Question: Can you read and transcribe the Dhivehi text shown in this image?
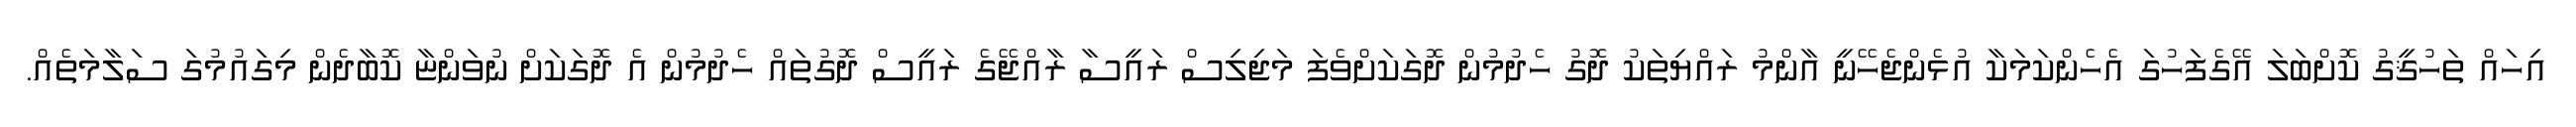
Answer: އިހައް ތަހުޤީގު ކޮށްބަލަ އޭގެފަހުގަ އެހެންކަމަކާ އުޅެންޖެހޭނީ އާންމު ރައްޔިތަކު ދޮގު ހެދުމުން ދޮގަކަށްވެފަ މަޖިލިސް ރައީސާ ރާއްޖޭގެ ރައީސް ދޮގުތައް ހެދުމުން އެ ދޮގަކަށް ނުވަންޏާ ކޮބާދެން މިގައުމުގަ ސަލާމަތެއް.